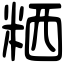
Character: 粞